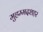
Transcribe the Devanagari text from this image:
मुहम्मदशहर